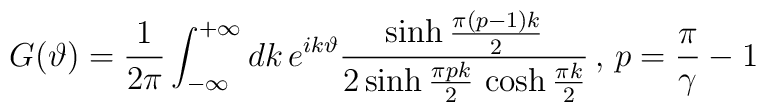
G(\vartheta )=\frac{1}{2\pi }\int ^{+\infty }_{-\infty }dk\, e^{ik\vartheta }\frac{\sinh \frac{\pi (p-1)k}{2}}{2\sinh \frac{\pi pk}{2}\, \cosh \frac{\pi k}{2}}\, ,\, p=\frac{\pi }{\gamma }-1